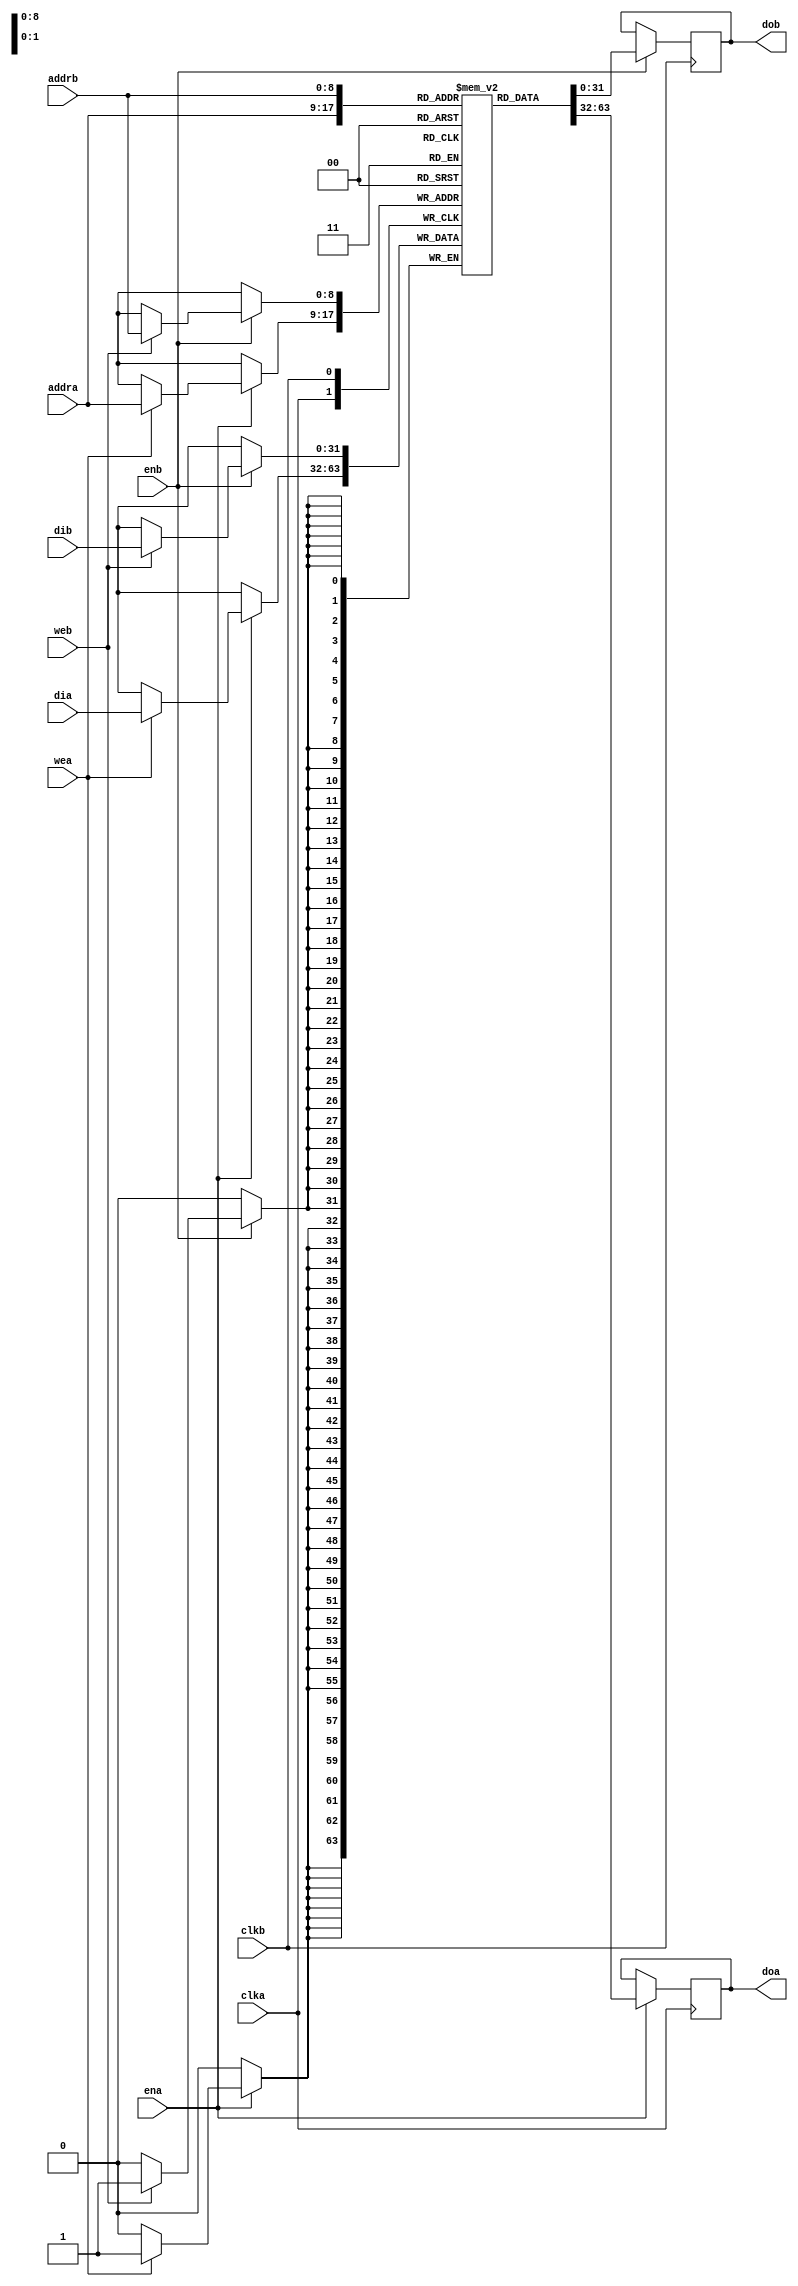
module ram_2port
#(
    parameter DWIDTH=32,
    parameter AWIDTH=9
)
(
    input clka,
    input ena,
    input wea,
    input [AWIDTH-1:0] addra,
    input [DWIDTH-1:0] dia,
    output reg [DWIDTH-1:0] doa,

    input clkb,
    input enb,
    input web,
    input [AWIDTH-1:0] addrb,
    input [DWIDTH-1:0] dib,
    output reg [DWIDTH-1:0] dob
);

reg [DWIDTH-1:0] ram [(1<<AWIDTH)-1:0];
integer 	    i;
initial begin
    for(i=0;i<(1<<AWIDTH);i=i+1)
        ram[i] <= {DWIDTH{1'b0}};
    doa <= 0;
    dob <= 0;
end

always @(posedge clka) begin
    if (ena) 
    begin
        if (wea)
            ram[addra] <= dia;
        doa <= ram[addra];
    end
end
always @(posedge clkb) begin
    if (enb)
    begin
        if (web)
            ram[addrb] <= dib;
        dob <= ram[addrb];
    end
end
endmodule